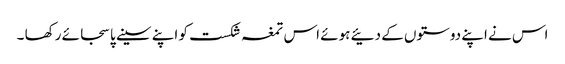
اس نے اپنے دوستوں کے دئیے ہوئے اس تمغہ شکست کو اپنے سینے پا سجائے رکھا ۔